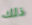
ذلك